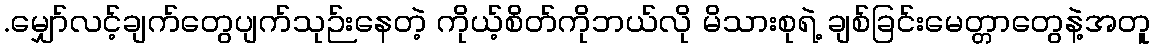
.မျှော်လင့်ချက်တွေပျက်သုဉ်းနေတဲ့ ကိုယ့်စိတ်ကိုဘယ်လို မိသားစုရဲ့ ချစ်ခြင်းမေတ္တာတွေနဲ့အတူ